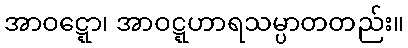
အာဝဋ္ဋော၊ အာဝဋ္ဋဟာရသမ္ပာတတည်း။